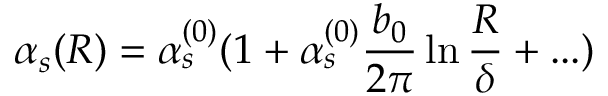
\alpha _ { s } ( R ) = \alpha _ { s } ^ { ( 0 ) } ( 1 + \alpha _ { s } ^ { ( 0 ) } \frac { b _ { 0 } } { 2 \pi } \ln \frac { R } { \delta } + . . . )